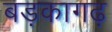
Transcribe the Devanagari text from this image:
बड़कागढ़